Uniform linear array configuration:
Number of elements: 24
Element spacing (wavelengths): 0.25
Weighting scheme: hann
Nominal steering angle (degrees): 30
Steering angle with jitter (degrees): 28.873
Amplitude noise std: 0.05
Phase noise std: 0.05

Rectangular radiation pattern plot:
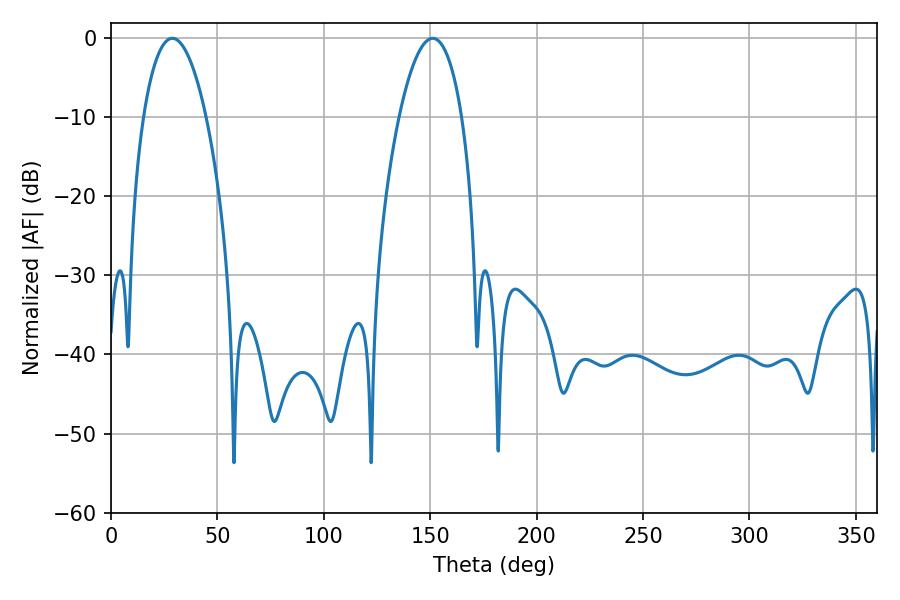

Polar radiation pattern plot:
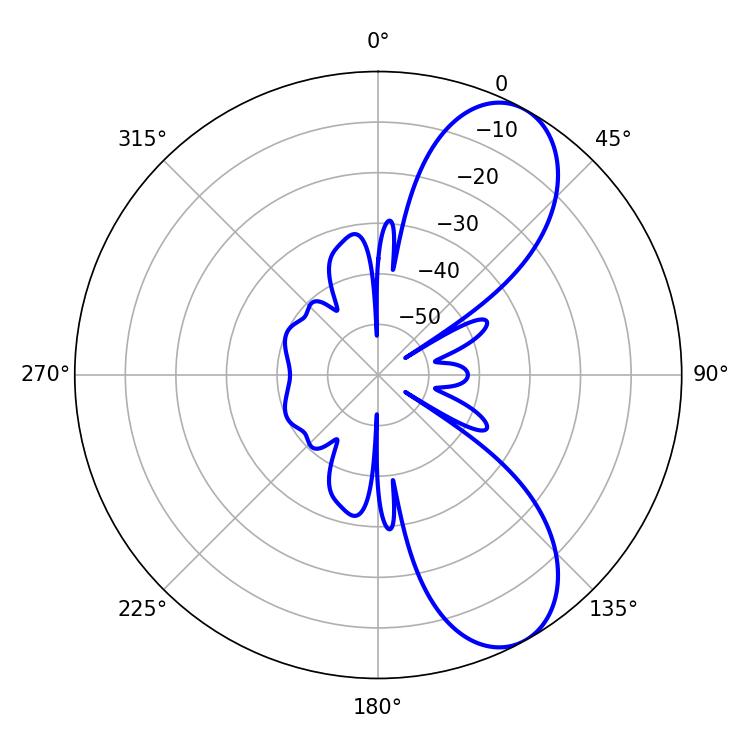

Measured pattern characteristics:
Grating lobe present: FALSE
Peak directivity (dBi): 8.273
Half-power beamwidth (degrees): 16.38
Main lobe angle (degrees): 28.8